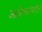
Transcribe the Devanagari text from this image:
आंदोलकांवरील